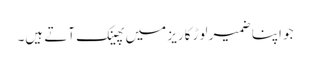
جو اپنا ضمیر لوڑ کاریز میں پھینک آتے ہیں۔